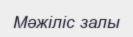
Мәжіліс залы